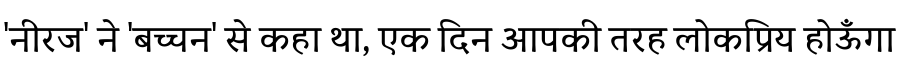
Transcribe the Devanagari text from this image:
'नीरज' ने 'बच्चन' से कहा था, एक दिन आपकी तरह लोकप्रिय होऊँगा